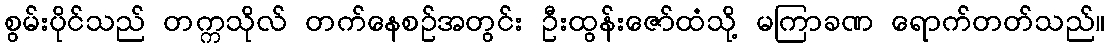
စွမ်းပိုင်သည် တက္ကသိုလ် တက်နေစဉ်အတွင်း ဦးထွန်းဇော်ထံသို့ မကြာခဏ ရောက်တတ်သည်။